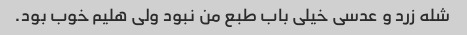
شله زرد و عدسی خیلی باب طبع من نبود ولی هلیم خوب بود.